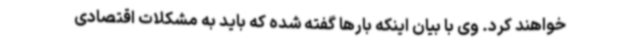
خواهند کرد. وی با بیان اینکه بارها گفته شده که باید به مشکلات اقتصادی